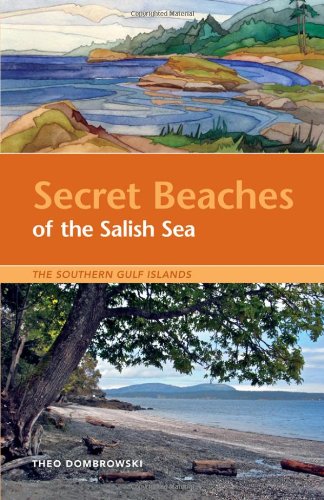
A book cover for Secret Beaches of the Salish Sea: The Southern Gulf Islands; Theo Dombrowski; Travel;